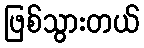
ဖြစ်သွားတယ်